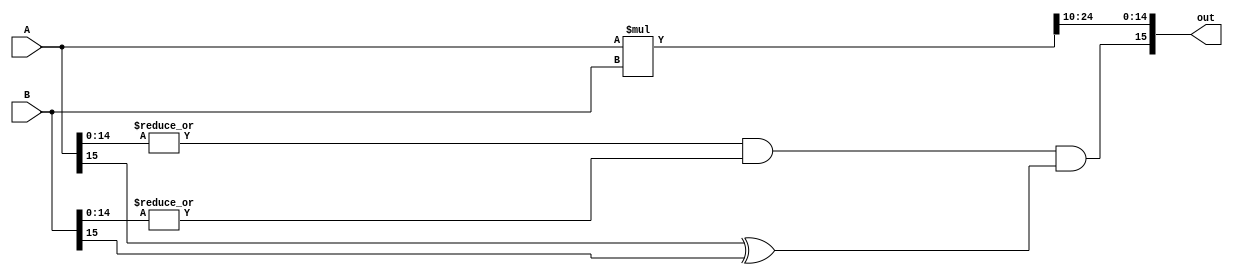
module mult_FP #(parameter in_size=16,frac_in=10,frac_out=10,int_out=5)(A, B,out);
localparam size_out=frac_out+int_out+1;
	input 	wire signed [in_size-1:0] A;
	input    wire signed	[in_size-1:0] B;
	output   wire signed	[size_out-1:0] out;
	
wire sign,zero_flag;
wire [2*in_size-1:0] frac_temp;

assign frac_temp=A*B;
assign sign= zero_flag&&(A[in_size-1]^B[in_size-1]);
assign zero_flag=(|A[in_size-2:0])&&(|B[in_size-2:0]);
assign out={sign,frac_temp[(frac_in*2-1)+int_out:(frac_in*2-1)+int_out-(size_out-2)]};
//assign out=A*B;
endmodule